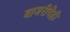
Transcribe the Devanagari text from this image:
बाजरीचेही